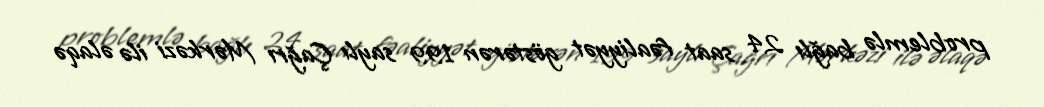
problemlə bağlı 24 saat fəaliyyət göstərən 199 saylı Çağrı Mərkəzi ilə əlaqə